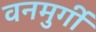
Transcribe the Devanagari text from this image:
वनमुर्गी